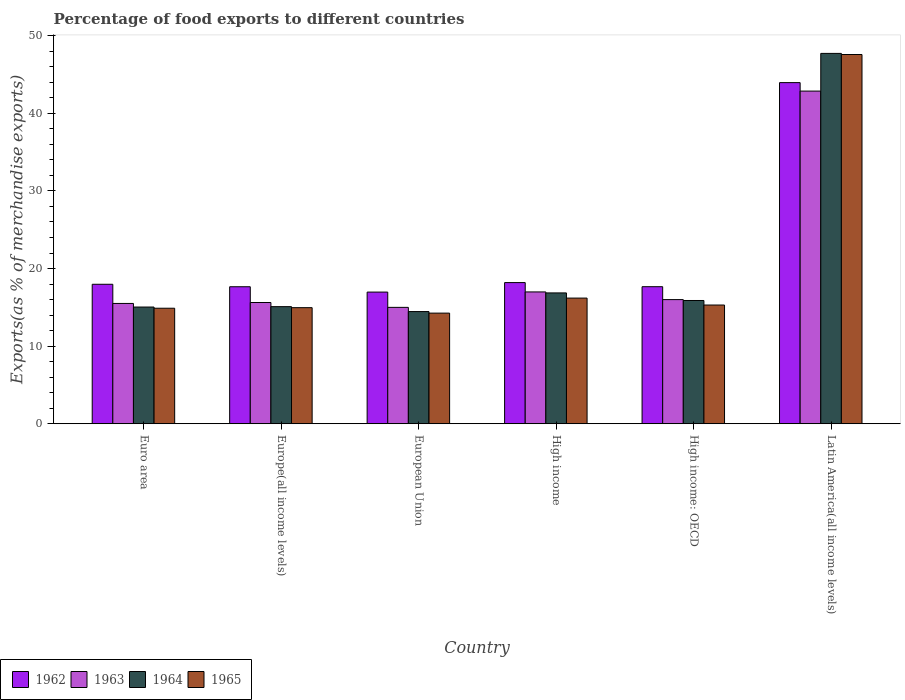
| Country | 1962 | 1963 | 1964 | 1965 |
 | --- | --- | --- | --- | --- |
 | Euro area | 18 | 15.5 | 15 | 14.9 |
 | Europe(all income levels) | 17.7 | 15.6 | 15.1 | 15 |
 | European Union | 17 | 15 | 14.5 | 14.3 |
 | High income | 18.2 | 17 | 16.9 | 16.2 |
 | High income: OECD | 17.7 | 16 | 15.9 | 15.3 |
 | Latin America(all income levels) | 44 | 42.9 | 47.7 | 47.6 |